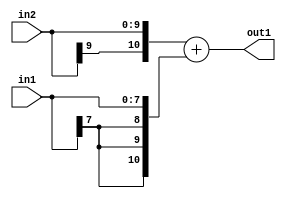
`timescale 1ps / 1ps
/*****************************************************************************
    Verilog RTL Description
    
    
    Created by: Stratus DpOpt 2019.1.01 
*******************************************************************************/

module SobelFilter_Add_10Sx8S_11S_1 (
	in2,
	in1,
	out1
	); /* architecture "behavioural" */ 
input [9:0] in2;
input [7:0] in1;
output [10:0] out1;
wire [10:0] asc001;

assign asc001 = 
	+({in2[9], in2})
	+({{3{in1[7]}}, in1});

assign out1 = asc001;
endmodule

/* CADENCE  ubPzQg8= : u9/ySgnWtBlWxVPRXgAZ4Og= ** DO NOT EDIT THIS LINE ******/